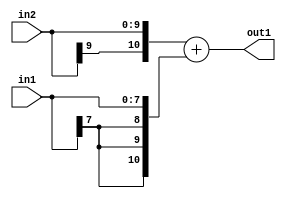
`timescale 1ps / 1ps
/*****************************************************************************
    Verilog RTL Description
    
    
    Created by: Stratus DpOpt 2019.1.01 
*******************************************************************************/

module SobelFilter_Add_10Sx8S_11S_1 (
	in2,
	in1,
	out1
	); /* architecture "behavioural" */ 
input [9:0] in2;
input [7:0] in1;
output [10:0] out1;
wire [10:0] asc001;

assign asc001 = 
	+({in2[9], in2})
	+({{3{in1[7]}}, in1});

assign out1 = asc001;
endmodule

/* CADENCE  ubPzQg8= : u9/ySgnWtBlWxVPRXgAZ4Og= ** DO NOT EDIT THIS LINE ******/